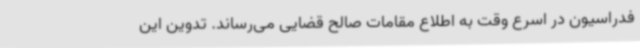
فدراسیون در اسرع وقت به اطلاع مقامات صالح قضایی می‌رساند. تدوین این